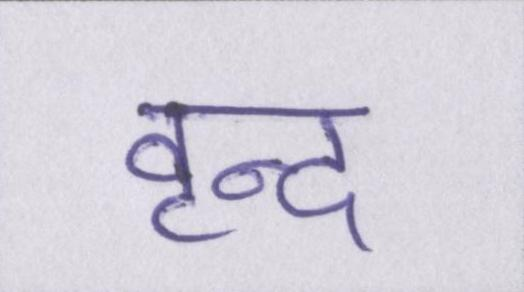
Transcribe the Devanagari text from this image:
वृन्द